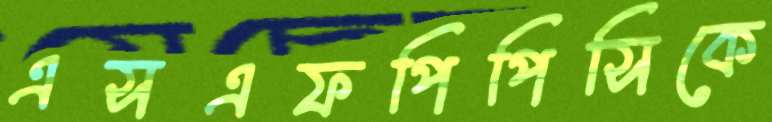
এসএফপিপিসিকে